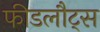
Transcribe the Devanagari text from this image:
फीडलौट्स